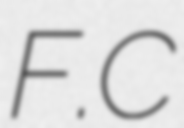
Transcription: F.C